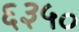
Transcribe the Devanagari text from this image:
६३५०